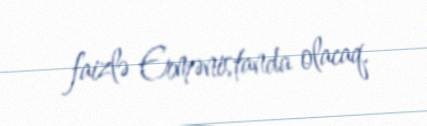
faizlə Ermənistanda olacaq.